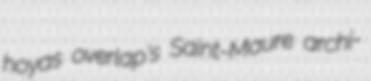
hoyas overlap's Saint-Maure archi-